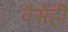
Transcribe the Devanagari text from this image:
वैसेही